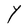
Character: Y